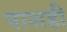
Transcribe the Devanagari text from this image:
पाशही